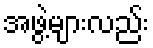
အဖွဲ့များလည်း